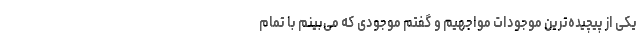
یکی از پیچیده‌ترین موجودات مواجهیم و گفتم موجودی که می‌بینم با تمام